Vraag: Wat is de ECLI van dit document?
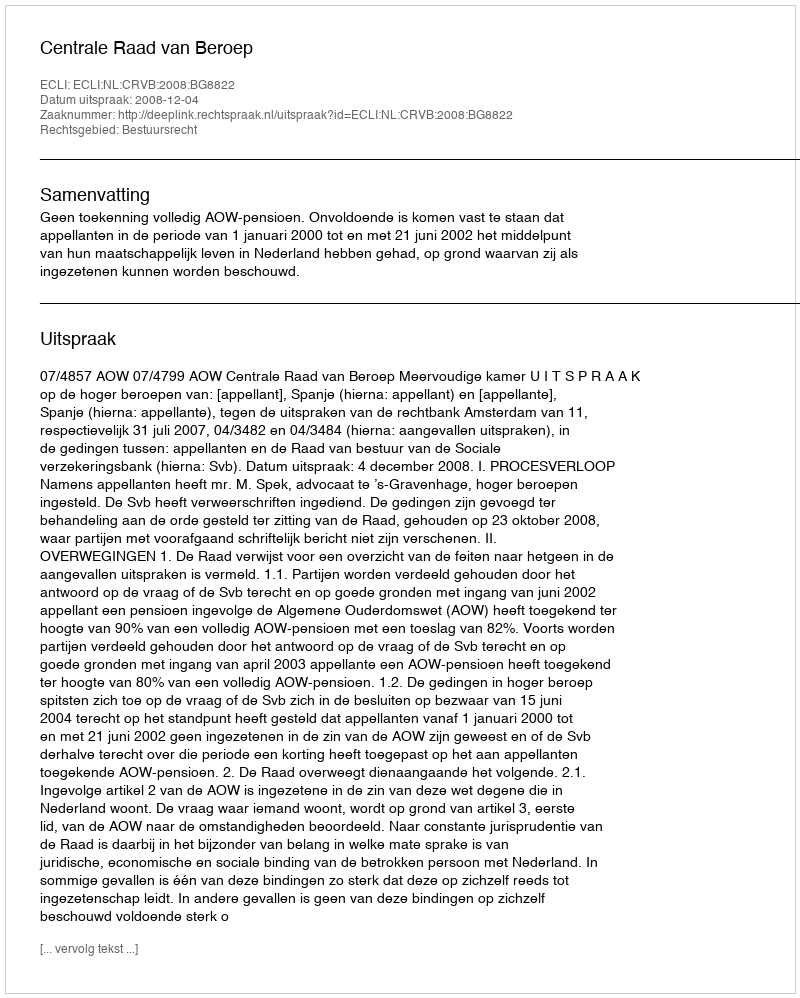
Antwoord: ECLI:NL:CRVB:2008:BG8822